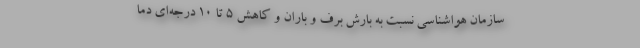
سازمان هواشناسی نسبت به بارش برف و باران و کاهش ۵ تا ۱۰ درجه‌ای دما